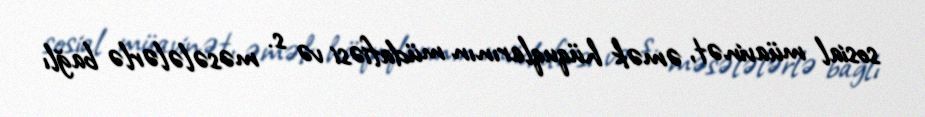
sosial müavinət, əmək hüquqlarının müdafiəsi və s. məsələlərlə bağlı